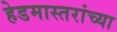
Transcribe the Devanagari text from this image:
हेडमास्तरांच्या